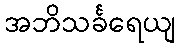
အဘိသင်္ခရေယျ